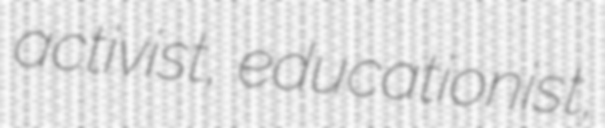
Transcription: activist, educationist,